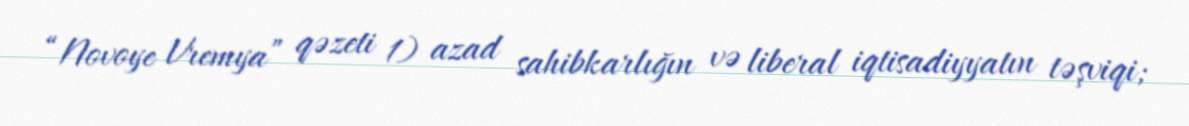
“Novoye Vremya” qəzeti 1) azad sahibkarlığın və liberal iqtisadiyyatın təşviqi;